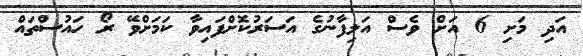
އަދި މަށި 6 އަށް ވެސް އަލިފާނުގެ އަސަރުކޮށްފައިވާ ކަމަށްވޭ ރޯ ހައުސްތައް